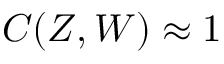
C ( Z , W ) \approx 1